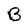
Character: B